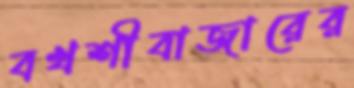
বখশীবাজারের